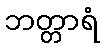
ဘတ္တာရံ